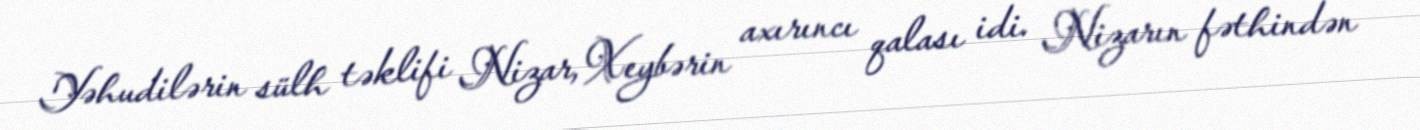
Yəhudilərin sülh təklifi Nizar, Xeybərin axırıncı qalası idi. Nizarın fəthindən